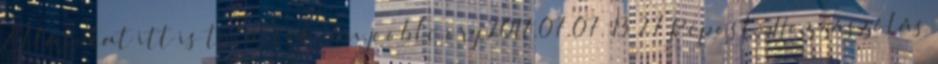
Állásokat itt is találtok: hu.jooble.org 2017.07.07. 13:27 Repost: Hozzászólás